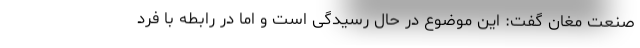
صنعت مغان گفت: این موضوع در حال رسیدگی است و اما در رابطه با فرد